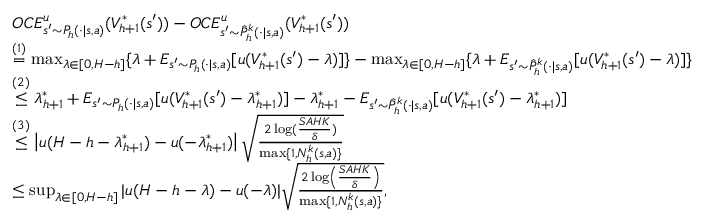
\begin{array} { r l } & { O C E _ { s ^ { \prime } \sim P _ { h } ( \cdot \vert s , a ) } ^ { u } ( V _ { h + 1 } ^ { * } ( s ^ { \prime } ) ) - O C E _ { s ^ { \prime } \sim \hat { P } _ { h } ^ { k } ( \cdot \vert s , a ) } ^ { u } ( V _ { h + 1 } ^ { * } ( s ^ { \prime } ) ) } \\ & { \overset { ( 1 ) } { = } \operatorname* { m a x } _ { \lambda \in [ 0 , H - h ] } \{ \lambda + E _ { s ^ { \prime } \sim P _ { h } ( \cdot \vert s , a ) } [ u ( V _ { h + 1 } ^ { * } ( s ^ { \prime } ) - \lambda ) ] \} - \operatorname* { m a x } _ { \lambda \in [ 0 , H - h ] } \{ \lambda + E _ { s ^ { \prime } \sim \hat { P } _ { h } ^ { k } ( \cdot \vert s , a ) } [ u ( V _ { h + 1 } ^ { * } ( s ^ { \prime } ) - \lambda ) ] \} } \\ & { \overset { ( 2 ) } { \leq } \lambda _ { h + 1 } ^ { * } + E _ { s ^ { \prime } \sim P _ { h } ( \cdot \vert s , a ) } [ u ( V _ { h + 1 } ^ { * } ( s ^ { \prime } ) - \lambda _ { h + 1 } ^ { * } ) ] - \lambda _ { h + 1 } ^ { * } - E _ { s ^ { \prime } \sim \hat { P } _ { h } ^ { k } ( \cdot \vert s , a ) } [ u ( V _ { h + 1 } ^ { * } ( s ^ { \prime } ) - \lambda _ { h + 1 } ^ { * } ) ] } \\ & { \overset { ( 3 ) } { \leq } \left\vert u ( H - h - \lambda _ { h + 1 } ^ { * } ) - u ( - \lambda _ { h + 1 } ^ { * } ) \right\vert \sqrt { \frac { 2 \log ( \frac { S A H K } { \delta } ) } { \operatorname* { m a x } \{ 1 , N _ { h } ^ { k } ( s , a ) \} } } } \\ & { \leq \operatorname* { s u p } _ { \lambda \in [ 0 , H - h ] } \vert u ( H - h - \lambda ) - u ( - \lambda ) \vert \sqrt { \frac { 2 \log \left( \frac { S A H K } { \delta } \right) } { \operatorname* { m a x } \{ 1 , N _ { h } ^ { k } ( s , a ) \} } } , } \end{array}